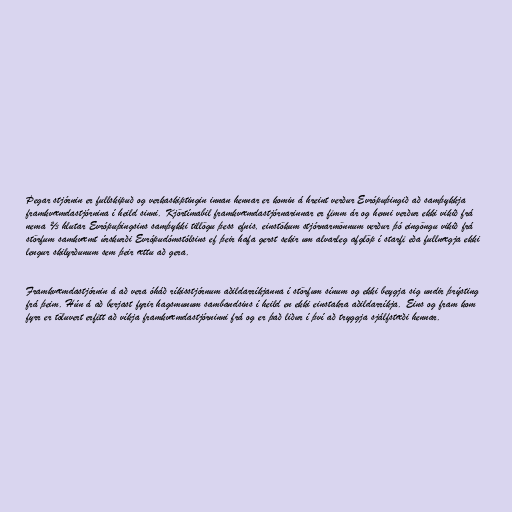
Þegar stjórnin er fullskipuð og verkaskiptingin innan hennar er komin á hreint verður Evrópuþingið að samþykkja
framkvæmdastjórnina í heild sinni. Kjörtímabil framkvæmdastjórnarinnar er fimm ár og henni verður ekki vikið frá
nema ⅔ hlutar Evrópuþingsins samþykki tillögu þess efnis, einstökum stjórnarmönnum verður þó eingöngu vikið frá
störfum samkvæmt úrskurði Evrópudómstólsins ef þeir hafa gerst sekir um alvarleg afglöp í starfi eða fullnægja ekki
lengur skilyrðunum sem þeir ættu að gera.

Framkvæmdastjórnin á að vera óháð ríkisstjórnum aðildarríkjanna í störfum sínum og ekki beygja sig undir þrýsting
frá þeim. Hún á að berjast fyrir hagsmunum sambandsins í heild en ekki einstakra aðildarríkja. Eins og fram kom
fyrr er töluvert erfitt að víkja framkvæmdastjórninni frá og er það liður í því að tryggja sjálfstæði hennar.